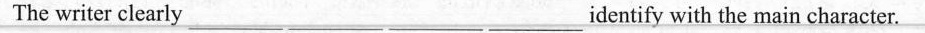
The writer clearly_____ ____ ______ identify with the main character.